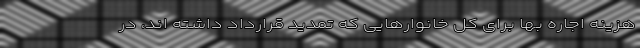
هزینه اجاره بها برای کل خانوارهایی که تمدید قرارداد داشته اند، در